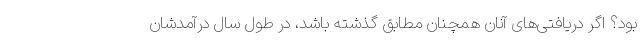
بود؟ اگر دریافتی‌های آنان همچنان مطابق گذشته باشد، در طول سال درآمدشان